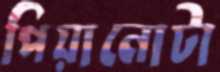
পিয়ানোটা